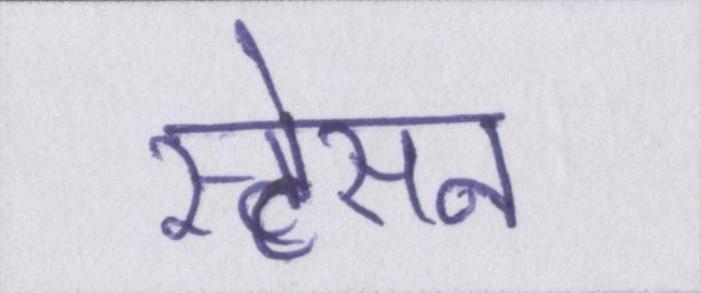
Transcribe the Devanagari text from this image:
स्टेसन